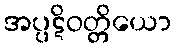
အပ္ပဋိဝတ္တိယော